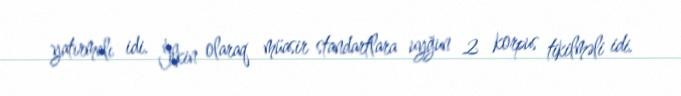
yatırmalı idi. İlkin olaraq müasir standartlara uyğun 2 korpus tikilməli idi.